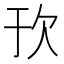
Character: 𬅞